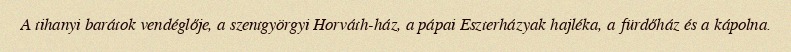
A tihanyi barátok vendéglője, a szentgyörgyi Horváth-ház, a pápai Eszterházyak hajléka, a fürdőház és a kápolna.